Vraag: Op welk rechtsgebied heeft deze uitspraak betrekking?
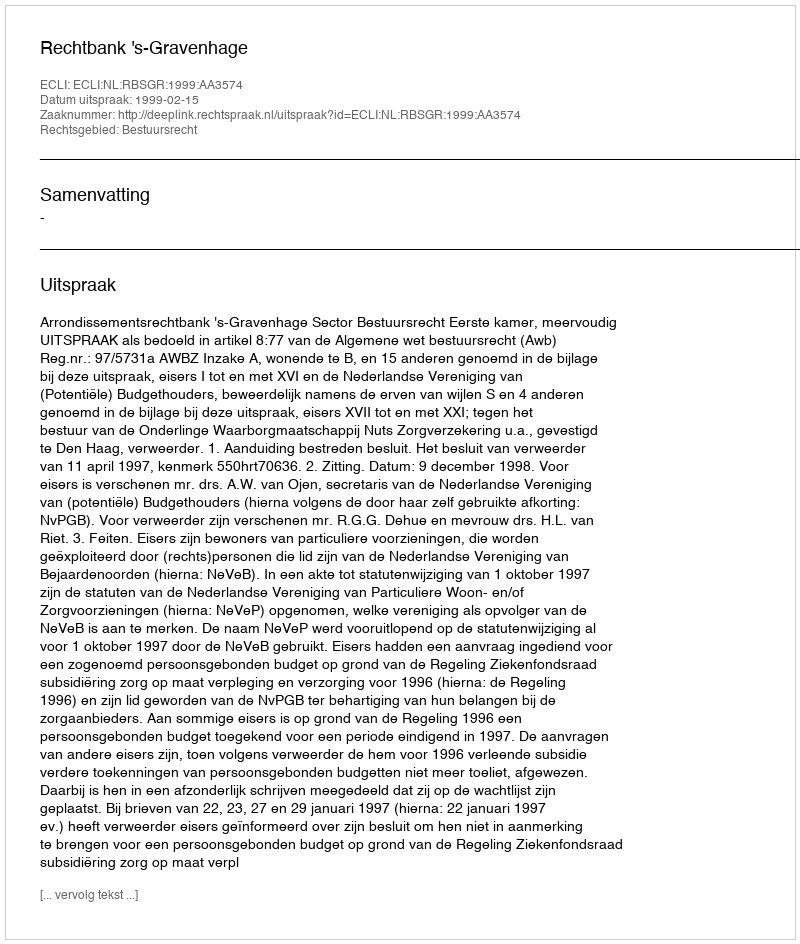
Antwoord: Bestuursrecht